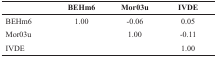
|  | BEHm6 | Mor03u | IVDE |
 | --- | --- | --- | --- |
 | BEHm6 | 1.00 | -0.06 | 0.05 |
 | Mor03u |  | 1.00 | -0.11 |
 | IVDE |  |  | 1.00 |